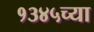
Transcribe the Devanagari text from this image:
१३४५च्या